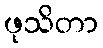
ဖုသိတာ